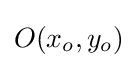
O(x_{o},y_{o})